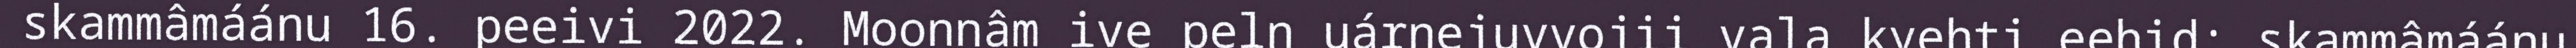
skammâmáánu 16. peeivi 2022. Moonnâm ive peln uárnejuvvojii vala kyehti eehid: skammâmáánu